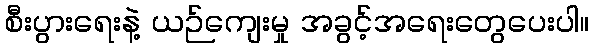
စီးပွားရေးနဲ့ ယဉ်ကျေးမှု အခွင့်အရေးတွေပေးပါ။